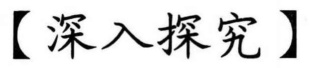
【深入探究】